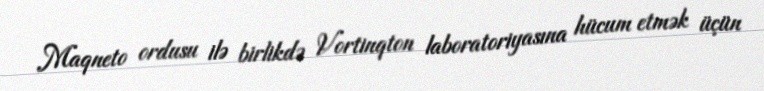
Maqneto ordusu ilə birlikdə Vortinqton laboratoriyasına hücum etmək üçün